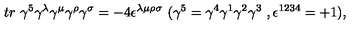
t r \ \gamma ^ { 5 } \gamma ^ { \lambda } \gamma ^ { \mu } \gamma ^ { \rho } \gamma ^ { \sigma } = - 4 \epsilon ^ { \lambda \mu \rho \sigma } \ ( \gamma ^ { 5 } = \gamma ^ { 4 } \gamma ^ { 1 } \gamma ^ { 2 } \gamma ^ { 3 } \ , \epsilon ^ { 1 2 3 4 } = + 1 ) ,